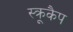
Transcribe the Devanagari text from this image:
स्क्रूकैप